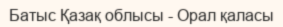
Батыс Қазақ облысы - Орал қаласы